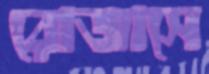
রোজাসে